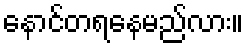
နောင်တရနေမည်လား။